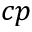
c p